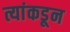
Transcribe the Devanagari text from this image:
त्यांकडून